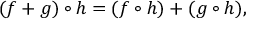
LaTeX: ( f + g ) \circ h = ( f \circ h ) + ( g \circ h ) ,